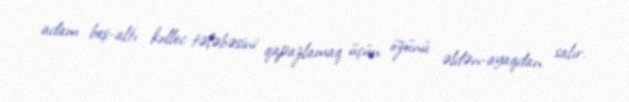
adam beş-altı kollec tələbəsini qapazlamaq üçün özünü əldən-ayaqdan salır.